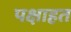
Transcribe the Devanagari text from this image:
पक्षाहत